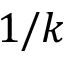
1 / k